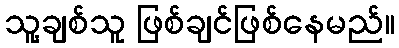
သူ့ချစ်သူ ဖြစ်ချင်ဖြစ်နေမည်။